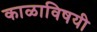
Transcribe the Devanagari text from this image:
काळाविषयी